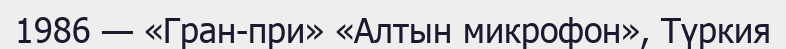
1986 — «Гран-при» «Алтын микрофон», Түркия